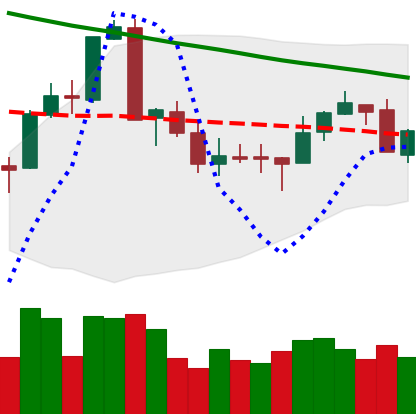
Ticker: XMR-USD
Chart end date: 2018-09-18
Forward return: 8.936%
Label: up_7plus